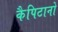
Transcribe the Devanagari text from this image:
कैपिटानो